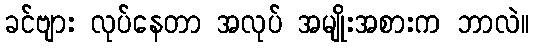
ခင်ဗျား လုပ်နေတာ အလုပ် အမျိုးအစားက ဘာလဲ။